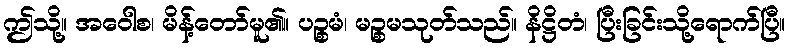
ဤသို့။ အဝေါစ၊ မိန့်တော်မူ၏။ ပဉ္စမံ၊ မဉ္စမသုတ်သည်။ နိဋ္ဌိတံ၊ ပြီးခြင်းသို့ရောက်ပြီ။